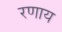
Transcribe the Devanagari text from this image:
रणाय